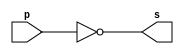
// ------------------------- 
// Exemplo0002 - NOT 
// Nome: Felipe Ferreira Adnrade do Carmo 
// ------------------------- 
 
// ------------------------- 
// -- not gate 
// ------------------------- 
  module notgate (output s,input  p); 
  assign s = ~p; 
  endmodule // notgate 
 
// ------------------------- 
// -- test not gate 
// ------------------------- 
  module testnotgate; 
// ------------------------- dados locais 
  reg    a;   // definir registrador 
                   // (variavel independente) 
  wire   s;   // definir conexao (fio) 
                   // (variavel dependente  ) 
// ------------------------- instancia 
  notgate NOT1 (s, a); 
// ------------------------- preparacao 
  initial begin:start 
  a=0; 
  end 
 
// ------------------------- parte principal 
   initial begin 
      $display("Exemplo0002 - Felipe Ferreira Andrade do Carmo - 427402"); 
      $display("Test NOT gate"); 
      $display("\n~a = s\n"); 
      a=0; 
  #1  $display("~%b = %b", a, s); 
      a=1; 
  #1  $display("~%b = %b", a, s); 
 end 
 
endmodule // testnotgate